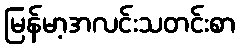
မြန်မာ့အလင်းသတင်းစာ